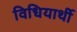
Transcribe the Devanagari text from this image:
विधियार्थी